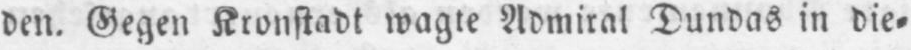
den. Gegen Kronstadt wagte Admiral Dundas in die⸗